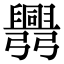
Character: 𢑅